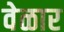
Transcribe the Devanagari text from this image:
वेळार